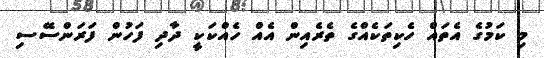
މި ކަމުގެ އެތައް ހެކިތަކެއްގެ ތެރެއިން އެއް ހެއްކަކީ ދާދި ފަހުން ފަރަންސޭސި